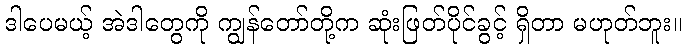
ဒါပေမယ့် အဲဒါတွေကို ကျွန်တော်တို့က ဆုံးဖြတ်ပိုင်ခွင့် ရှိတာ မဟုတ်ဘူး။